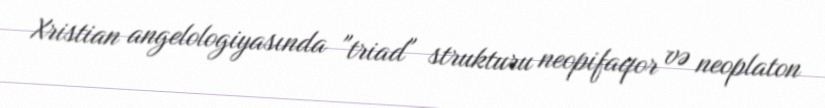
Xristian angelologiyasında "triad" strukturu neopifaqor və neoplaton